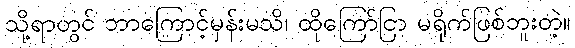
သို့ရာတွင် ဘာကြောင့်မှန်းမသိ၊ ထိုကြော်ငြာ မရိုက်ဖြစ်ဘူးတဲ့။